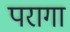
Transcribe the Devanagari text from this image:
परागा